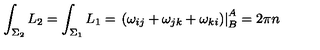
\int _ { \Sigma _ { 2 } } L _ { 2 } = \int _ { \Sigma _ { 1 } } L _ { 1 } = \displaystyle \left. ( \omega _ { i j } + \omega _ { j k } + \omega _ { k i } ) \right| _ { B } ^ { A } = 2 \pi n